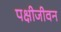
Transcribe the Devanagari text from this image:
पक्षीजीवन